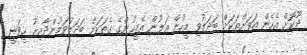
ދޫކޮށް އެހެން އަވަށްތަކަށް ބަދަލުވި މީހުން އަލުން އެމީހުންގެ ގެތަކަށް ބަދަލުވަމުންދާއިރު ހީވަނީ